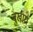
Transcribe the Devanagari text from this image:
बुखार।